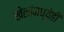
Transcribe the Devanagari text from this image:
खेळांमध्येही